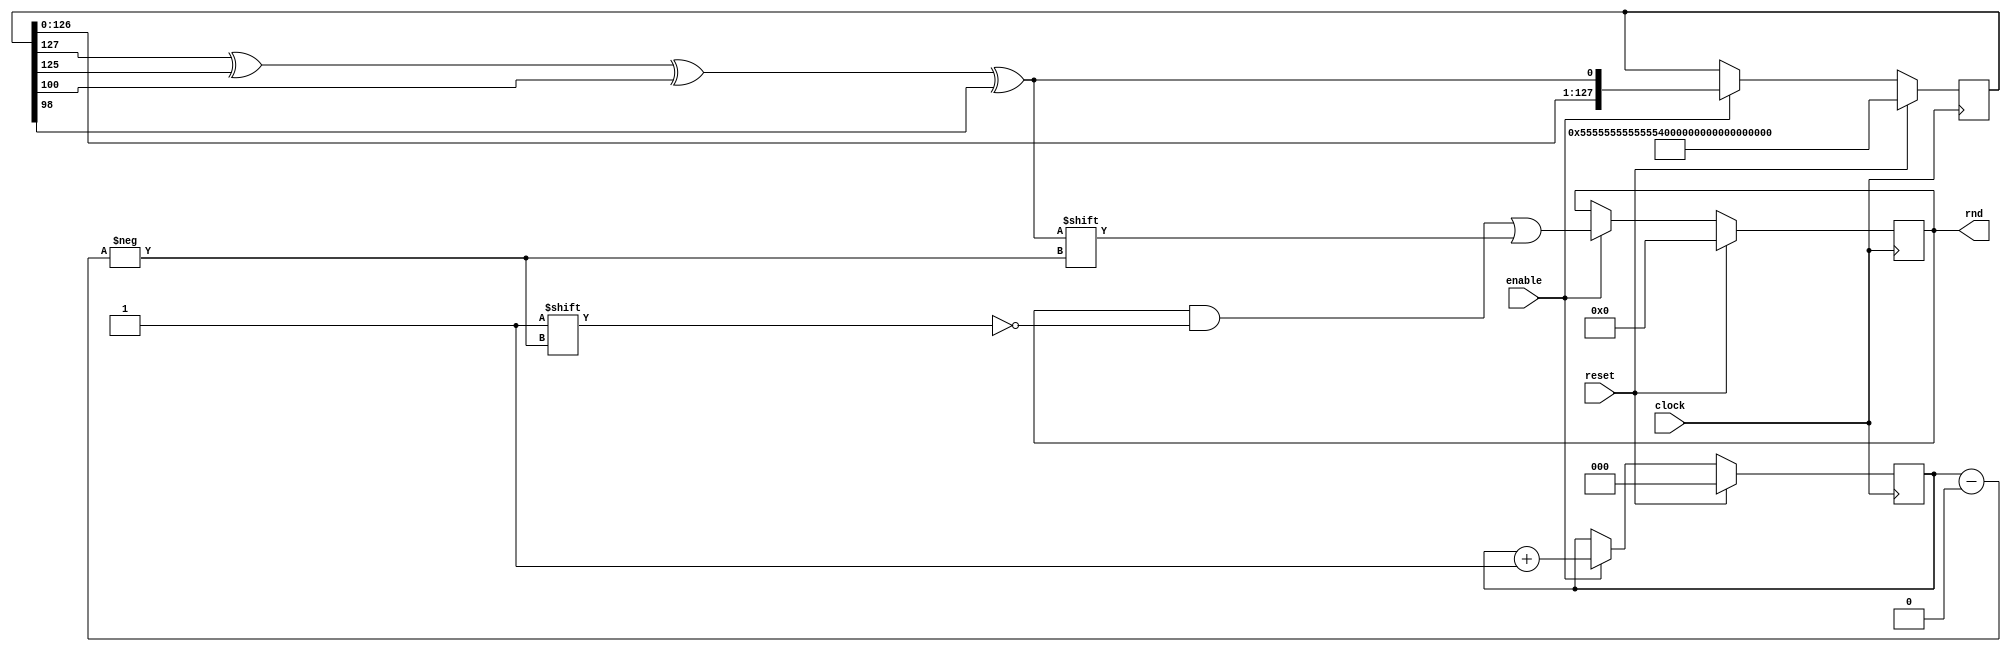
module rand_gen
(
    input clock,
    input enable,
    input reset,

    output reg [7:0] rnd
);

localparam LFSR_LEN = 128;

reg [LFSR_LEN-1:0] random;
wire feedback = random[127] ^ random[125] ^ random[100] ^ random[98];
reg [2:0] bit_idx;

always @(posedge clock) begin
    if (reset) begin
        random <= {LFSR_LEN{4'b0101}};
        bit_idx <= 0;
        rnd <= 0;
    end else if (enable) begin
        random <= {random[LFSR_LEN-2:0], feedback};
        rnd[bit_idx] <= feedback;
        bit_idx <= bit_idx + 1;
    end
end

endmodule